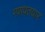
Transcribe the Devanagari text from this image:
गणपतयार